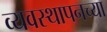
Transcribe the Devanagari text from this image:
व्यवस्थापनच्या